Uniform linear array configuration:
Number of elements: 4
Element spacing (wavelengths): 0.5
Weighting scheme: cosine
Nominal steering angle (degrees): -60
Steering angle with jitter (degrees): -58.863
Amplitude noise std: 0.05
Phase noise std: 0.05

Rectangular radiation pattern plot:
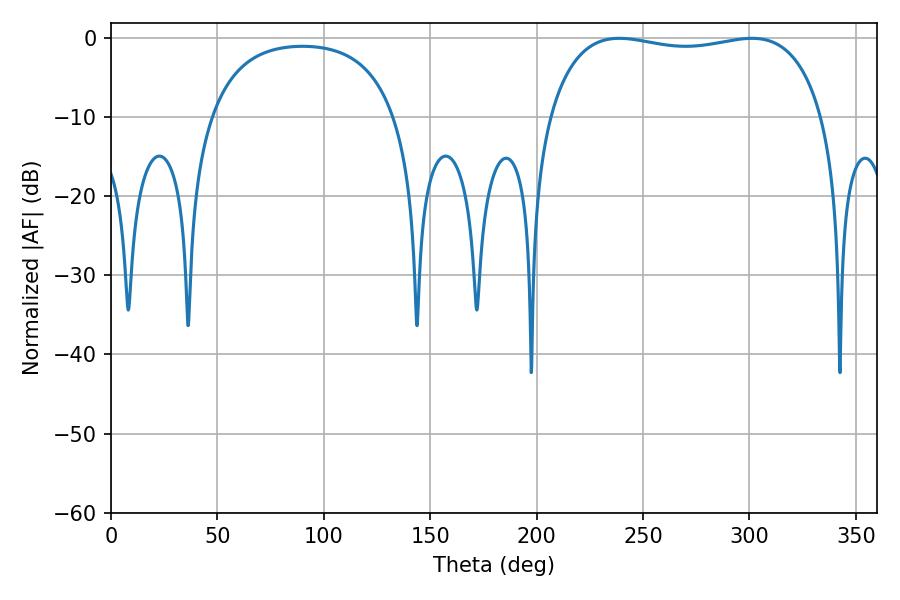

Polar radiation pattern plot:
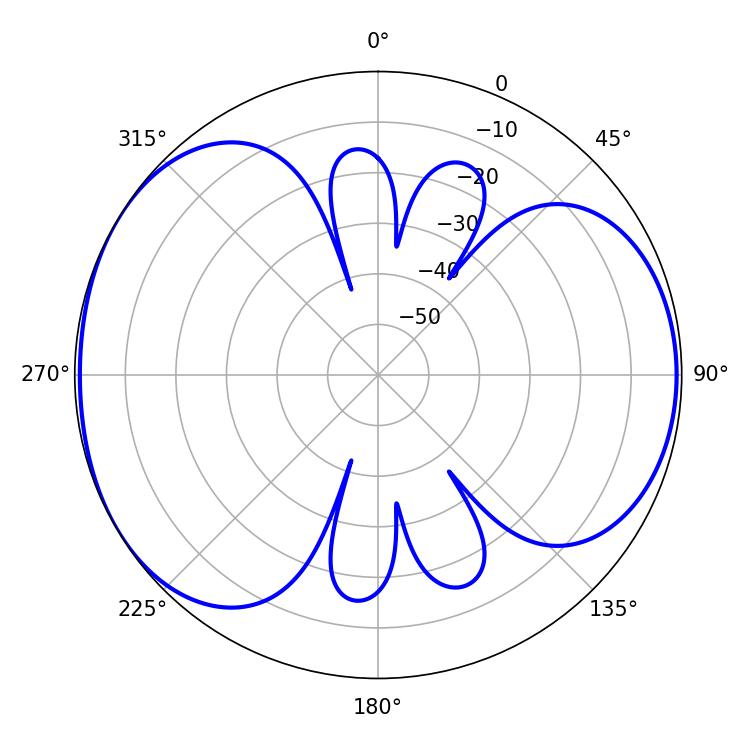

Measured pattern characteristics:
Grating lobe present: FALSE
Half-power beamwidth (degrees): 104.4
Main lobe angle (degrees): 238.86